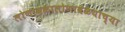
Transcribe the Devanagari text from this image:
लोणावळालोणावळयाच्या